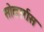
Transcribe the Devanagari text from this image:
सोकार्रास